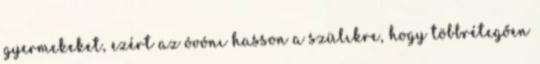
gyermekeket, ezért az óvónı hasson a szülıkre, hogy többrétegően